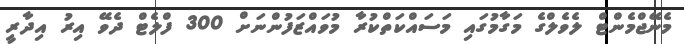
މެނޭޖްމެންޓް ލެވެލްގެ މަގާމުގައި މަސައްކަތްކުރާ މުވައްޒަފުންނަށް 300 ފްލެޓް ދެވޭ އިރު އިދާރީ